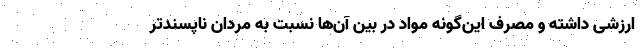
ارزشی داشته و مصرف این‌گونه مواد در بین آن‌ها نسبت به مردان ناپسندتر